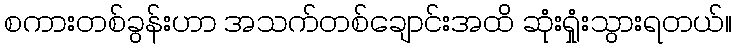
စကားတစ်ခွန်းဟာ အသက်တစ်ချောင်းအထိ ဆုံးရှုံးသွားရတယ်။